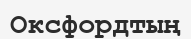
Оксфордтың